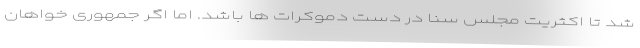
شد تا اکثریت مجلس سنا در دست دموکرات ها باشد. اما اگر جمهوری خواهان